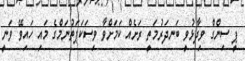
ޕީ ސިންގް ވިދާޅުވީ ބަނދަރުމަތީ ރަށެއް ކަމަށްވާ ވިސަކަޕަތުނަމްގެ މައި ހައިވޭ ވަނީ